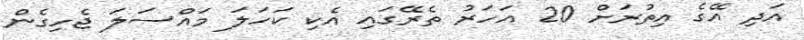
އަދި އޭގެ އިތުރަށް 20 އަހަރު ތެރޭގައި އެކި ކަހަލަ މައްސަލަ ޖެހިގެން